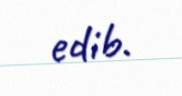
edib.